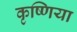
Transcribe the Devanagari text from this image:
कृष्णिया